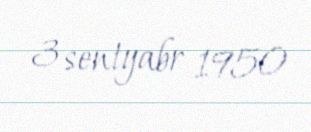
3 sentyabr 1950